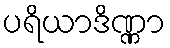
ပရိယာဒိဏ္ဏာ